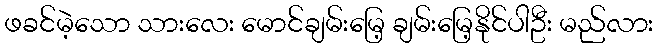
ဖခင်မဲ့သော သားလေး မောင်ချမ်းမြေ့ ချမ်းမြေ့နိုင်ပါဦး မည်လား